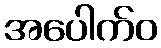
အပေါက်ဝ